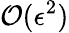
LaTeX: \mathcal{O}(\epsilon^{2})